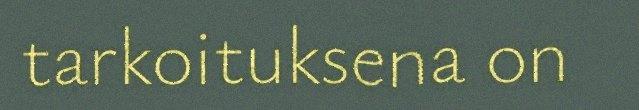
tarkoituksena on